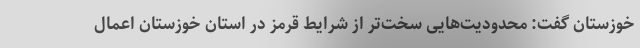
خوزستان گفت: محدودیت‌هایی سخت‌تر از شرایط قرمز در استان خوزستان اعمال